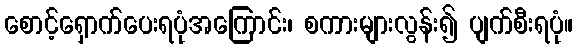
စောင့်ရှောက်ပေးရပုံအကြောင်း၊ စကားများလွန်း၍ ပျက်စီးရပုံ။